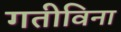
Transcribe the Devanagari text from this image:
गतीविना